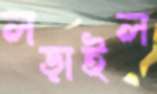
লড়াইল